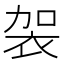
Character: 袈